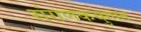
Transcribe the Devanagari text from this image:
संगणकयुगात